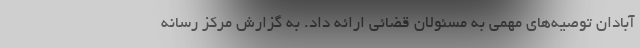
آبادان توصیه‌های مهمی به مسئولان قضائی ارائه داد. به گزارش مرکز رسانه